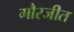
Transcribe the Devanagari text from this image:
गौरजीत